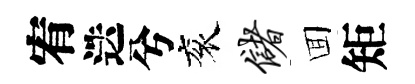
宥迭兮衮储囬矩